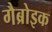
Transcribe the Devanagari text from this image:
गैब्रोइक